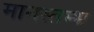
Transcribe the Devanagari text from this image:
मानस्तम्भ